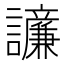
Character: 𫍓